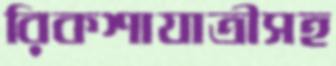
রিকশাযাত্রীসহ